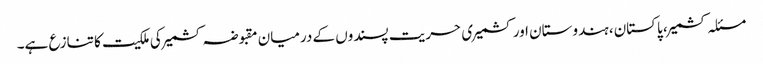
مسئلہ کشمیر، پاکستان، ہندوستان اور کشمیری حریت پسندوں کے درمیان مقبوضہ کشمیر کی ملکیت کا تنازع ہے۔